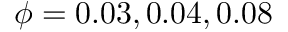
\phi = 0 . 0 3 , 0 . 0 4 , 0 . 0 8